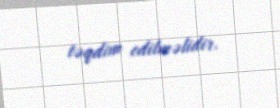
təqdim edilməlidir.